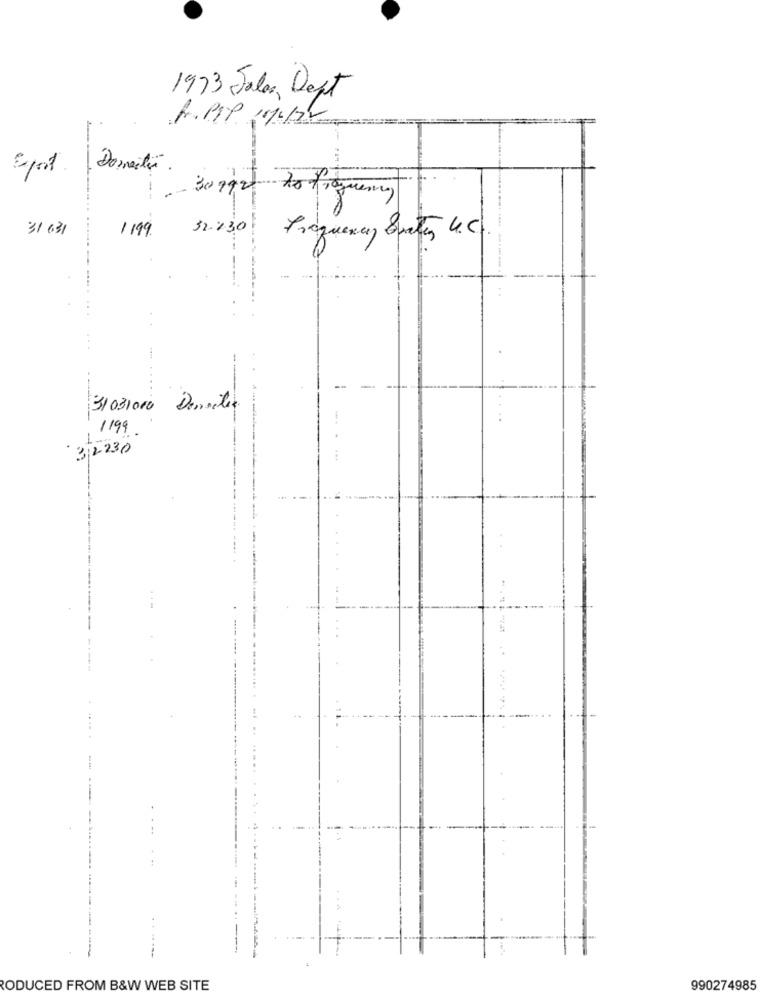
1973 Sales Dept
Epost.
Dommectin
31 631
1199.
32.230
.. .
-
31031000 Densites
/199
312230
-
----
--
-----
RODUCED FROM B&W WEB SITE
990274985